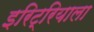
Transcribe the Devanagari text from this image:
इरिट्रियाला